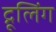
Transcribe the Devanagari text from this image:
द्रूलिंग